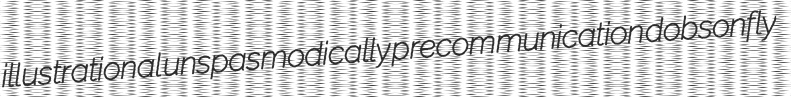
illustrational unspasmodically precommunication dobsonfly